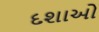
દશાઓ